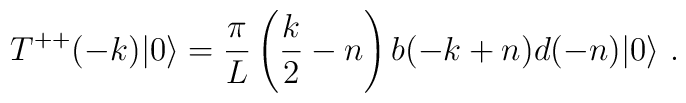
T^{++}(-k) |0 \rangle =   {\pi \over L} \left( { k \over 2} - n \right)b(-k+n) d(-n) |0 \rangle  \ .